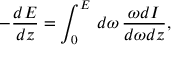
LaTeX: - \frac { d E } { d z } = \int _ { 0 } ^ { E } \, d \omega \, \frac { \omega d I } { d \omega d z } ,